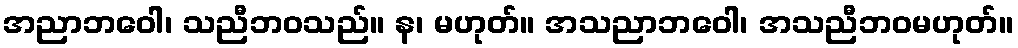
အညာဘဝေါ၊ သညီဘဝသည်။ န၊ မဟုတ်။ အသညာဘဝေါ၊ အသညီဘဝမဟုတ်။